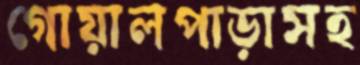
গোয়ালপাড়াসহ